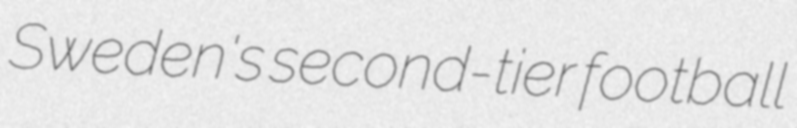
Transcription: Sweden's second-tier football